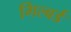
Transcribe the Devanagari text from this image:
गिल्बर्ड